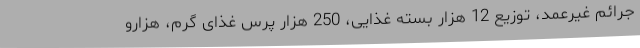
جرائم غیرعمد، توزیع 12 هزار بسته غذایی، 250 هزار پرس غذای گرم، هزارو